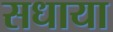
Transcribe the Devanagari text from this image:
सधाया